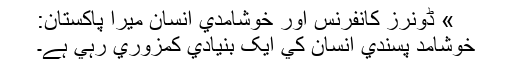
» ڈونرز کانفرنس اور خوشامدي انسان میرا پاکستان:
خوشامد پسندي انسان کي ايک بنيادي کمزوري رہي ہے۔